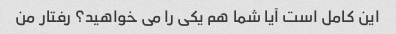
این کامل است آیا شما هم یکی را می خواهید؟ رفتار من